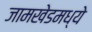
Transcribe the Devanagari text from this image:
जामखेडमध्ये